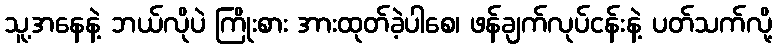
သူ့အနေနဲ့ ဘယ်လိုပဲ ကြိုးစား အားထုတ်ခဲ့ပါစေ၊ ဖန်ချက်လုပ်ငန်းနဲ့ ပတ်သက်လို့